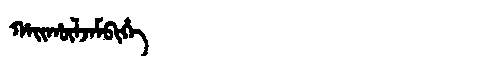
Manchu: ᡥᠠᡳᡥᡡᠯᠵᠠᠮᠪᡳᡥᡝ
Romanization: HAIHŪLJAMBIHE